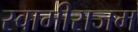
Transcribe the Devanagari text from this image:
स्वामीराजम